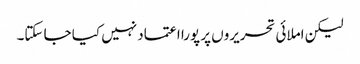
لیکن املائی تحریروں پر پورا اعتماد نہیں کیا جا سکتا۔